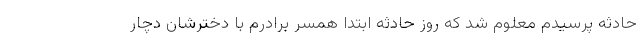
حادثه پرسیدم معلوم شد که روز حادثه ابتدا همسر برادرم با دخترشان دچار